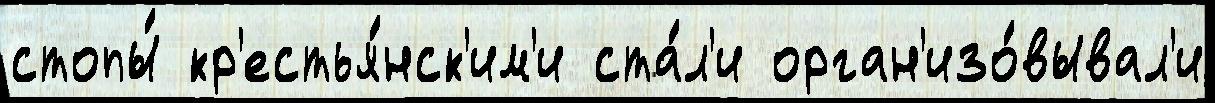
стопы́ кр'естья́нск'им'и ста́л'и орган'изо́вывал'и